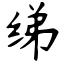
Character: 绨